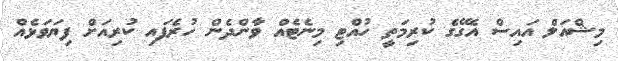
މިޝްއަލް އައިސް އެގޭގެ ކުރިމަތީ ހުއްޓި މިނެޓެއް ވާންދެން ހުރެފައި ކުރިއަށް ފިޔަވަޅެއް